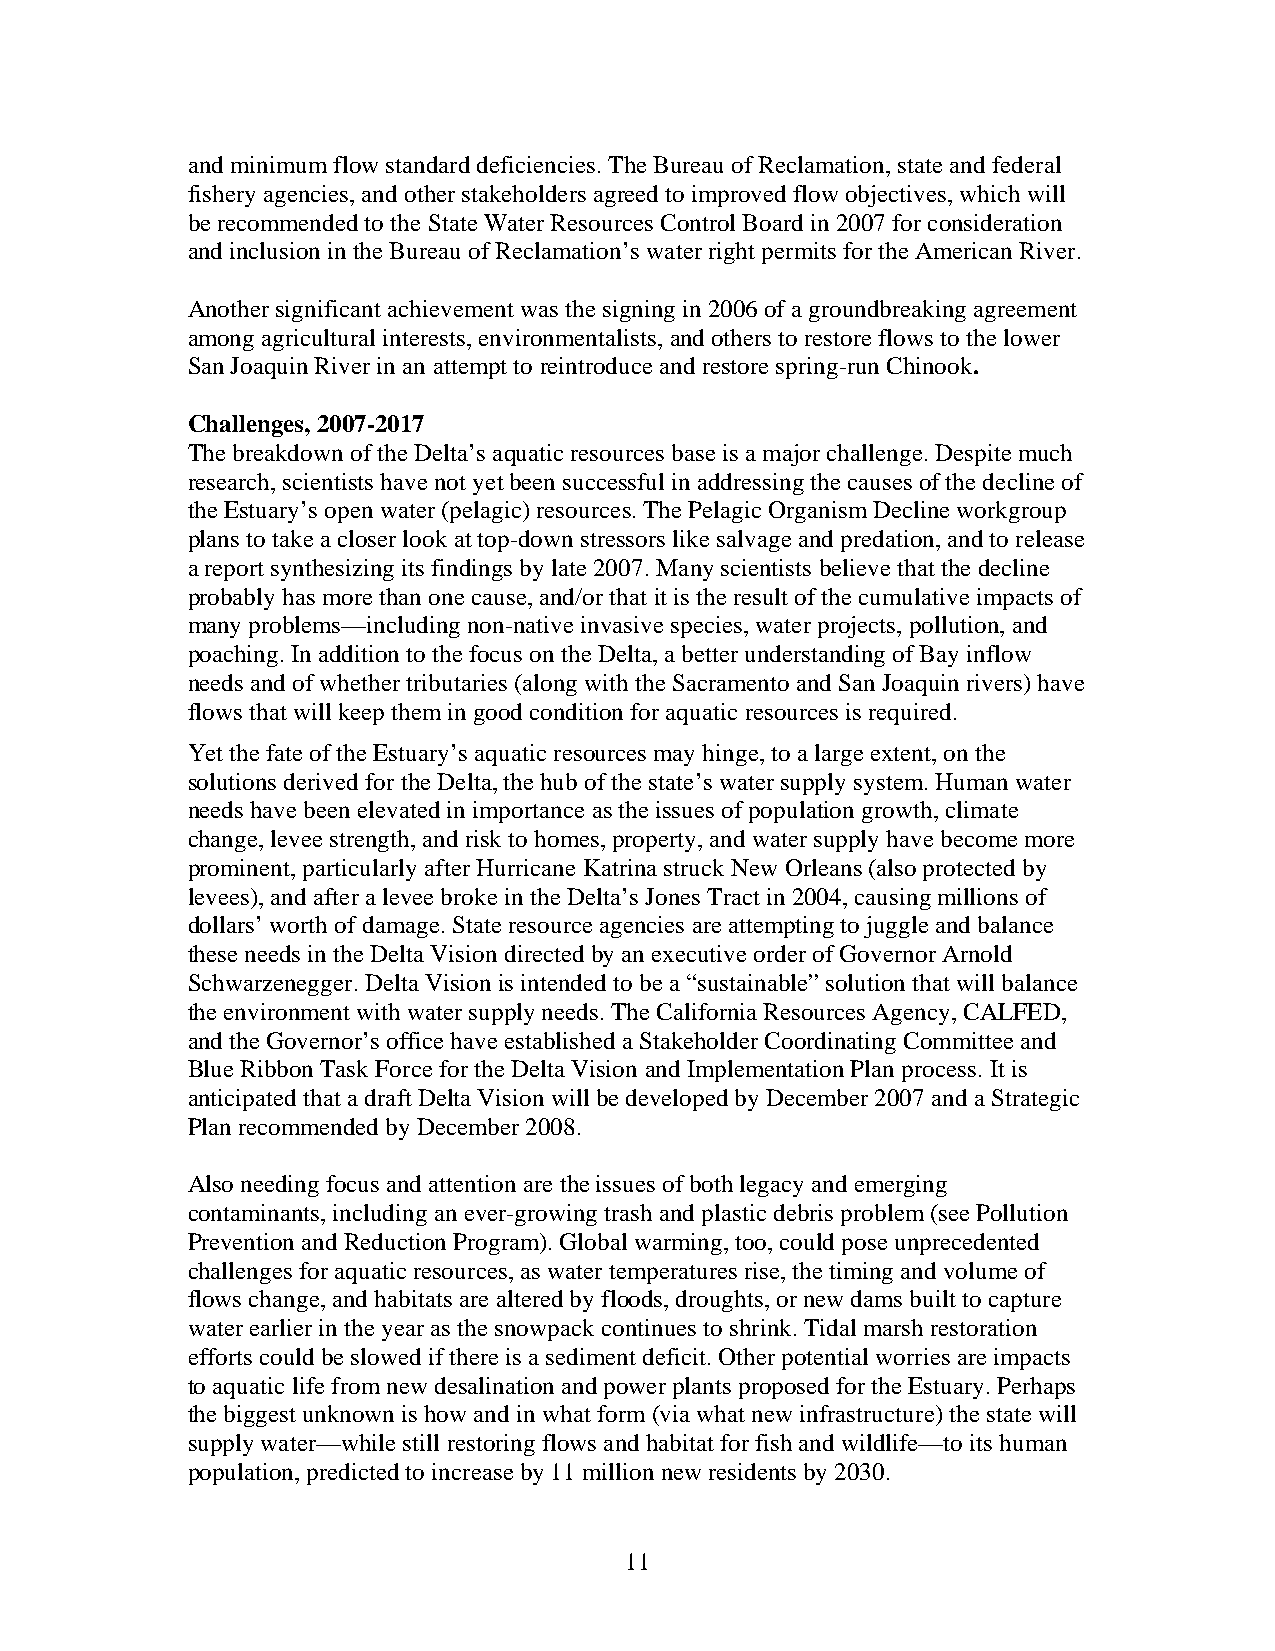
and minimum flow standard deficiencies. The Bureau of Reclamation, state and federal
 fishery agencies, and other stakeholders agreed to improved flow objectives, which will
 be recommended to the State Water Resources Control Board in 2007 for consideration
 and inclusion in the Bureau of Reclamation’s water right permits for the American River.
 Another significant achievement was the signing in 2006 of a groundbreaking agreement
 among agricultural interests, environmentalists, and others to restore flows to the lower
 San Joaquin River in an attempt to reintroduce and restore spring-run Chinook.
 Challenges, 2007-2017
 The breakdown of the Delta’s aquatic resources base is a major challenge. Despite much
 research, scientists have not yet been successful in addressing the causes of the decline of
 the Estuary’s open water (pelagic) resources. The Pelagic Organism Decline workgroup
 plans to take a closer look at top-down stressors like salvage and predation, and to release
 a report synthesizing its findings by late 2007. Many scientists believe that the decline
 probably has more than one cause, and/or that it is the result of the cumulative impacts of
 many problems—including non-native invasive species, water projects, pollution, and
 poaching. In addition to the focus on the Delta, a better understanding of Bay inflow
 needs and of whether tributaries (along with the Sacramento and San Joaquin rivers) have
 flows that will keep them in good condition for aquatic resources is required.
 Yet the fate of the Estuary’s aquatic resources may hinge, to a large extent, on the
 solutions derived for the Delta, the hub of the state’s water supply system. Human water
 needs have been elevated in importance as the issues of population growth, climate
 change, levee strength, and risk to homes, property, and water supply have become more
 prominent, particularly after Hurricane Katrina struck New Orleans (also protected by
 levees), and after a levee broke in the Delta’s Jones Tract in 2004, causing millions of
 dollars’ worth of damage. State resource agencies are attempting to juggle and balance
 these needs in the Delta Vision directed by an executive order of Governor Arnold
 Schwarzenegger. Delta Vision is intended to be a “sustainable” solution that will balance
 the environment with water supply needs. The California Resources Agency, CALFED,
 and the Governor’s office have established a Stakeholder Coordinating Committee and
 Blue Ribbon Task Force for the Delta Vision and Implementation Plan process. It is
 anticipated that a draft Delta Vision will be developed by December 2007 and a Strategic
 Plan recommended by December 2008.
 Also needing focus and attention are the issues of both legacy and emerging
 contaminants, including an ever-growing trash and plastic debris problem (see Pollution
 Prevention and Reduction Program). Global warming, too, could pose unprecedented
 challenges for aquatic resources, as water temperatures rise, the timing and volume of
 flows change, and habitats are altered by floods, droughts, or new dams built to capture
 water earlier in the year as the snowpack continues to shrink. Tidal marsh restoration
 efforts could be slowed if there is a sediment deficit. Other potential worries are impacts
 to aquatic life from new desalination and power plants proposed for the Estuary. Perhaps
 the biggest unknown is how and in what form (via what new infrastructure) the state will
 supply water—while still restoring flows and habitat for fish and wildlife—to its human
 population, predicted to increase by 11 million new residents by 2030.
 11